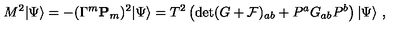
M ^ { 2 } | \Psi \rangle = - ( \Gamma ^ { m } { \bf P } _ { m } ) ^ { 2 } | \Psi \rangle = T ^ { 2 } \left( \det ( G + { \cal F } ) _ { a b } + P ^ { a } G _ { a b } P ^ { b } \right) | \Psi \rangle \ ,